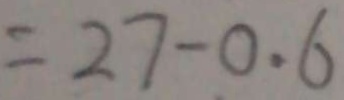
= 2 7 - 0 . 6